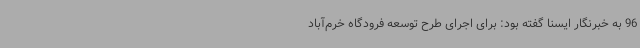
96 به خبرنگار ایسنا گفته بود: برای اجرای طرح توسعه فرودگاه خرم‌آباد